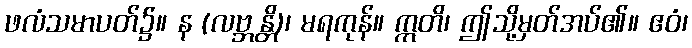
ဖလံသမာပတ်၌။ န (လဗ္ဘန္တိ)၊ မရကုန်။ ဣတိ၊ ဤသို့မှတ်အပ်၏။ ဧဝံ၊